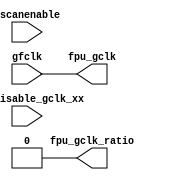
module m14k_fpuclk1_nogate(
	fpu_gclk,
	fpu_gclk_ratio,
	gfclk,
	gscanenable,
	mpc_disable_gclk_xx);

  /*hookios*/
  output	fpu_gclk;		// fpu gclk - /1 or /2
  output	fpu_gclk_ratio;		// 0 - 1:1, 1 - 1:2

  input 	gfclk;			// Core input Clock = SI_ClkIn (free running clk)
  input  	gscanenable;         // 2:1 FPU clock test enables
  input 	mpc_disable_gclk_xx;	// When Asserted, gate off the clock

// BEGIN Wire declarations made by MVP
wire fpu_gclk_ratio;
wire fpu_gclk;
// END Wire declarations made by MVP


  assign fpu_gclk_ratio = 1'b0;
  assign fpu_gclk       = gfclk;

endmodule